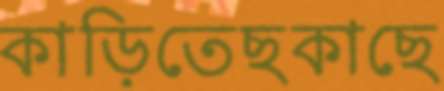
কাড়িতেছকাছে